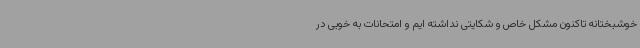
خوشبختانه تاکنون مشکل خاص و شکایتی نداشته ایم و امتحانات به خوبی در